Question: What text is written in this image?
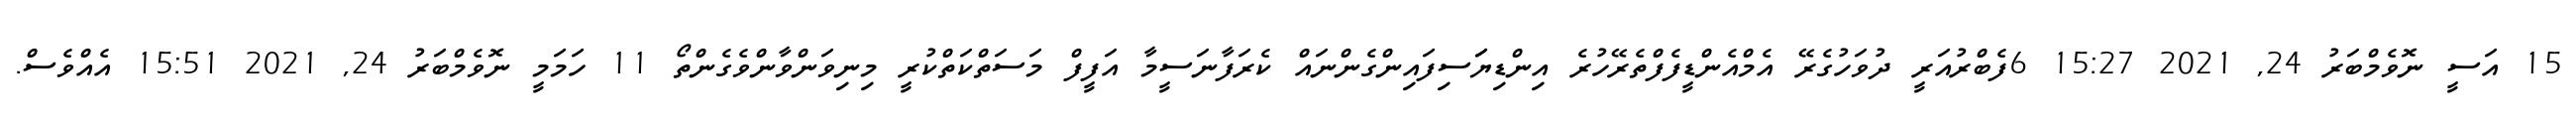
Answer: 15 އަސީ ނޮވެމްބަރު 24, 2021 15:27 6ފެބްރުއަރީ ދުވަހުގެރޭ އެމްއެންޑީފެފްތެރޭހުރެ އިންޑިޔަަސިފައިންގެންނައް ކެރަފާނަސީމާ އަފީފް މަސަތްކަތްކުރީ މިނިވަންވާންވެގެންތޯ 11 ހަމަމީ ނޮވެމްބަރު 24, 2021 15:51 އެއްވެސް.